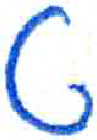
אות: ט